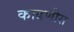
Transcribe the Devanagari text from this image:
काढणीस